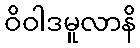
ဝိဝါဒမူလာနိ